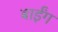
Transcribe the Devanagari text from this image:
बाईंग